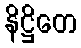
နိဋ္ဌိတေ